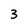
Character: 3